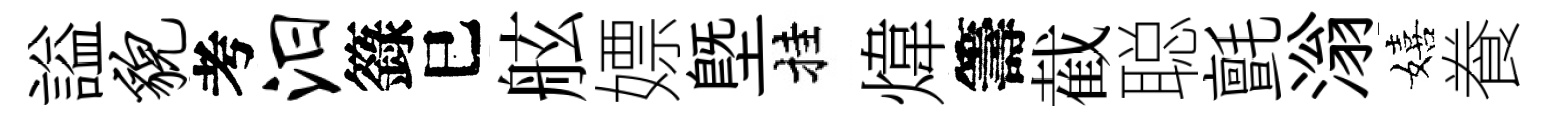
謚貌考汨籙巳舷嫖塈挂煒籌截聪氈滃嬉飬